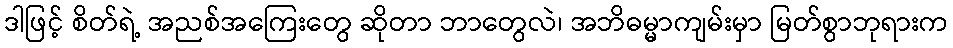
ဒါဖြင့် စိတ်ရဲ့ အညစ်အကြေးတွေ ဆိုတာ ဘာတွေလဲ၊ အဘိဓမ္မာကျမ်းမှာ မြတ်စွာဘုရားက